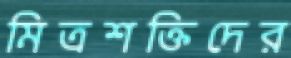
মিত্রশক্তিদের